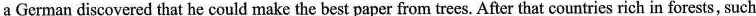
a German discovered that he could make the best paper from trees. After that countries rich in forests, such